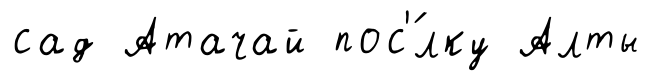
сад Атачай пос'́лку Алты